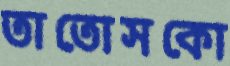
তাতোসকো